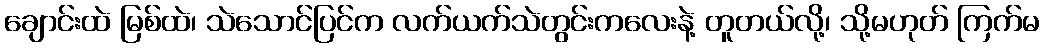
ချောင်းထဲ မြစ်ထဲ၊ သဲသောင်ပြင်က လက်ယက်သဲတွင်းကလေးနဲ့ တူတယ်လို့၊ သို့မဟုတ် ကြက်မ